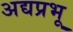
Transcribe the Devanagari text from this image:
अद्यप्रभू